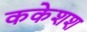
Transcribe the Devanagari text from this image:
ककेशश